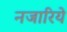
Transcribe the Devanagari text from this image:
नजारिये